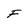
Character: F